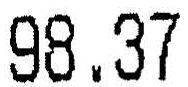
98.37